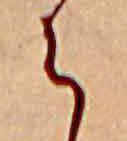
ら